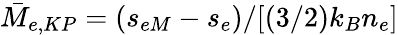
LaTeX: \bar{M}_{e,KP}=(s_{eM}-s_{e})/[(3/2)k_{B}n_{e}]